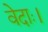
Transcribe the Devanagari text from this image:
वेदाः।